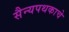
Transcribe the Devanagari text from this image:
सैन्यपथकाचे